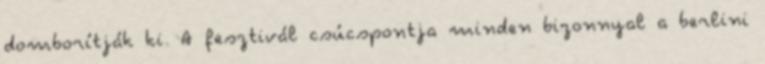
domborítják ki. A fesztivál csúcspontja minden bizonnyal a berlini